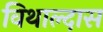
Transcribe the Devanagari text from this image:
विथाल्दास